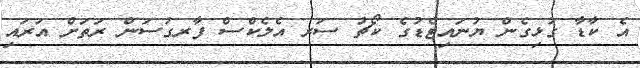
އެ ކާޑާ ގުޅިގެން ޔުނައިޓެޑުގެ ކޯޗު ސަރ އެލެކްސް ފާރގުސަން ރަތަށް އަރައި